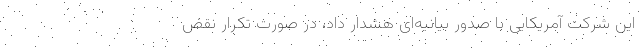
این شرکت آمریکایی با صدور بیانیه‌ای هشدار داد، در صورت تکرار نقض